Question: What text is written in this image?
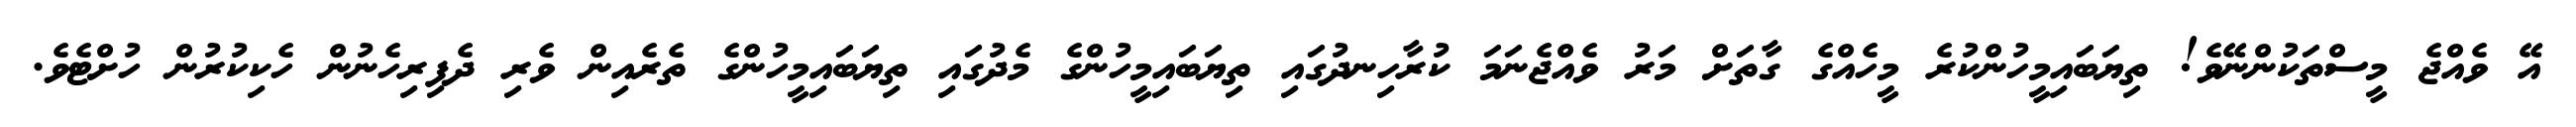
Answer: އޭ ވެއްޖެ މީސްތަކުންނޭވެ! ތިޔަބައިމީހުންކުރެ މީހެއްގެ ގާތަށް މަރު ވެއްޖެނަމަ ކުރާހިނދުގައި ތިޔަބައިމީހުންގެ މެދުގައި ތިޔަބައިމީހުންގެ ތެރެއިން ވެރި ދެފިރިހެނުން ހެކިކުރުން ހުށްޓެވެ.